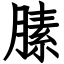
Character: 膆